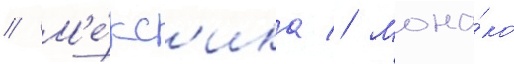
// М'е́кс'ика // Мона́ко